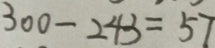
3 0 0 - 2 4 3 = 5 7